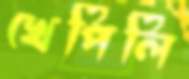
খেপিলি